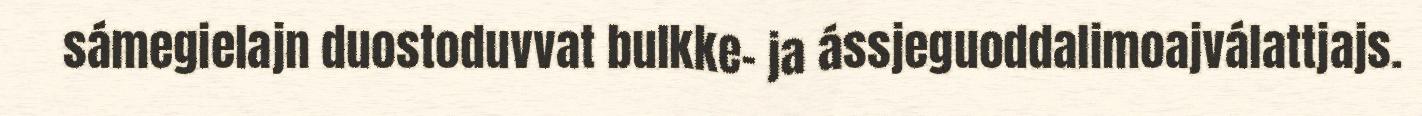
sámegielajn duostoduvvat bulkke- ja ássjeguoddalimoajválattjajs.